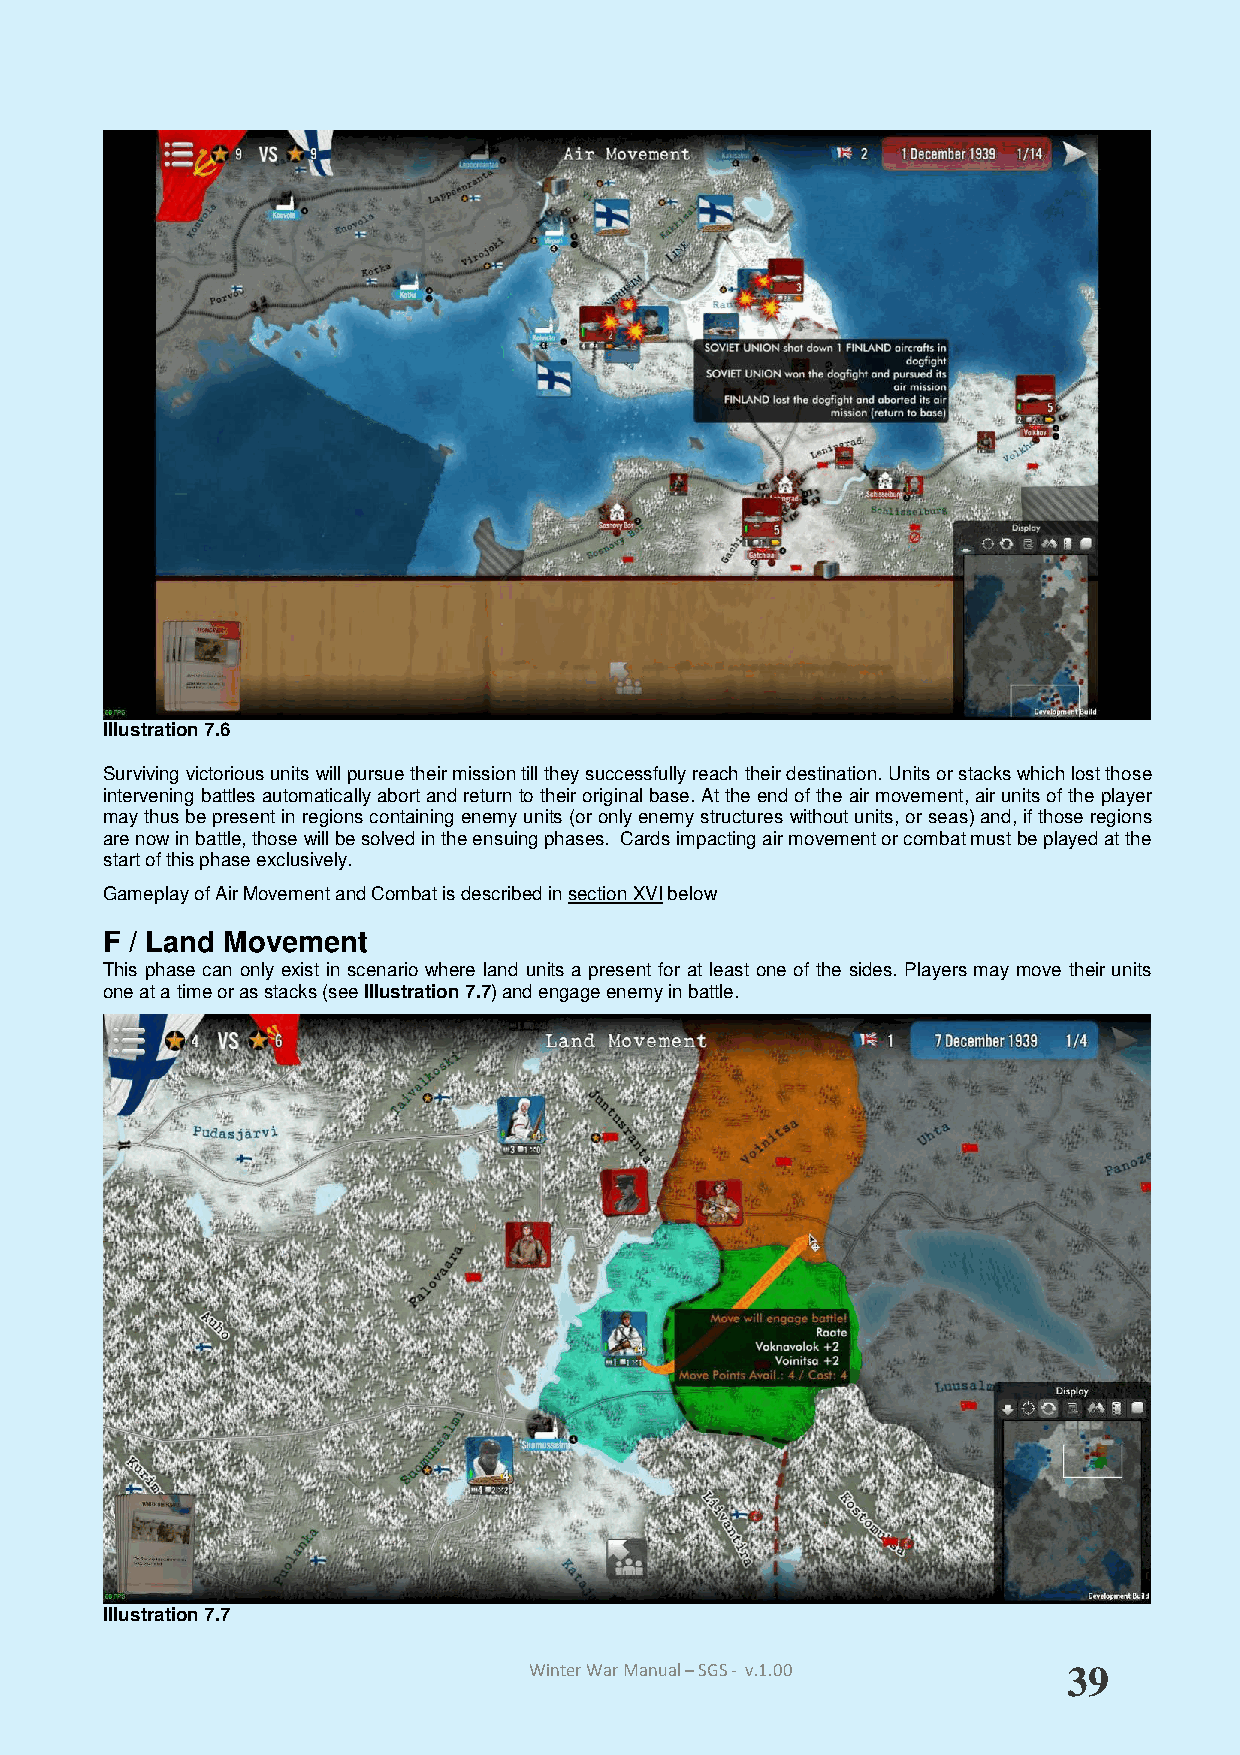
Illustration 7.6
 Surviving victorious units will pursue their mission till they successfully reach their destination. Units or stacks which lost those
 intervening battles automatically abort and return to their original base. At the end of the air movement, air units of the player
 may thus be present in regions containing enemy units (or only enemy structures without units, or seas) and, if those regions
 are now in battle, those will be solved in the ensuing phases. Cards impacting air movement or combat must be played at the
 start of this phase exclusively.
 Gameplay of Air Movement and Combat is described in section XVI below
 F / Land Movement
 This phase can only exist in scenario where land units a present for at least one of the sides. Players may move their units
 one at a time or as stacks (see Illustration 7.7) and engage enemy in battle.
 Illustration 7.7
 Winter War Manual – SGS - v.1.00    39